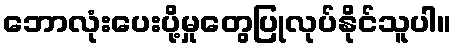
ဘောလုံးပေးပို့မှုတွေပြုလုပ်နိုင်သူပါ။